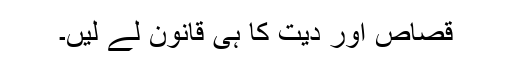
قصاص اور دیت کا ہی قانون لے لیں۔